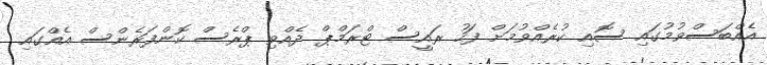
އެއްބަސްވުމުގައި ސޮއި ކުރެއްވުމަށް ފަހު ރައީސް ޓްރަމްޕް ދެއްވި ޕްރެސް ކޮންފަރެންސް އެއްގައި